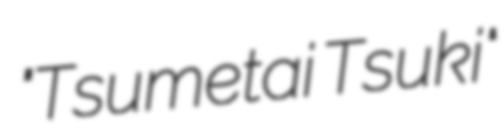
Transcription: "Tsumetai Tsuki"